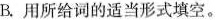
B.用所给词的适当形式填空。